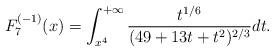
LaTeX: \begin{align*}F_7^{(-1)}(x)=\int^{+\infty}_{x^4}\frac{t^{1/6}}{(49+13t+t^2)^{2/3}}dt.\end{align*}